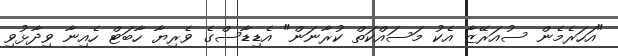
"އަހަރެމެން ސުއަރޭޒާ އެކު މަސައްކަތް ކުރާނަން" އެޑިޑާސްގެ ވެރިޔާ ހާބަޓް ހެއިނާ ވިދާޅުވި